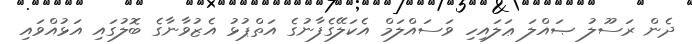
ދެން ރަސޫލު ޞައްލަ ޢަލައިހި ވަސައްލަމް އެކަލޭގެފާނުގެ އަތްޕުޅު އެޒުވާނާގެ ބޮލުގައި އަޅުއްވައި